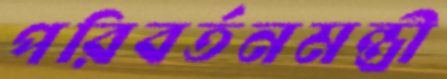
পরিবর্তনমন্ত্রী